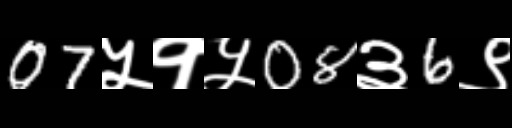
Text: 07५१५08३6९